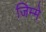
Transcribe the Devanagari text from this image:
जिम्‍मे